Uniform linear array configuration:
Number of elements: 12
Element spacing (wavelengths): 0.5
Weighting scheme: blackman
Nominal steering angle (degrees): -60
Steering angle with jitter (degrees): -58.64
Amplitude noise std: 0.05
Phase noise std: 0.05

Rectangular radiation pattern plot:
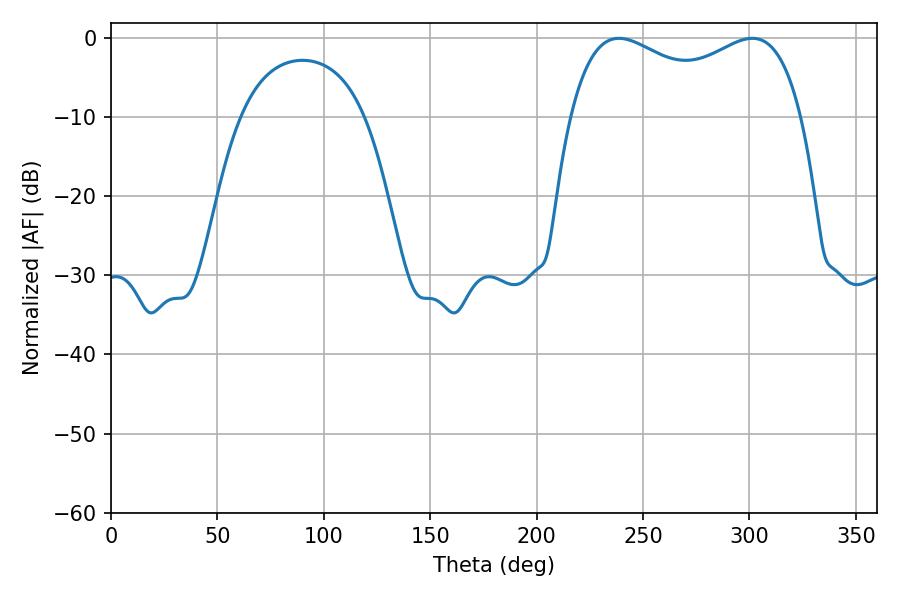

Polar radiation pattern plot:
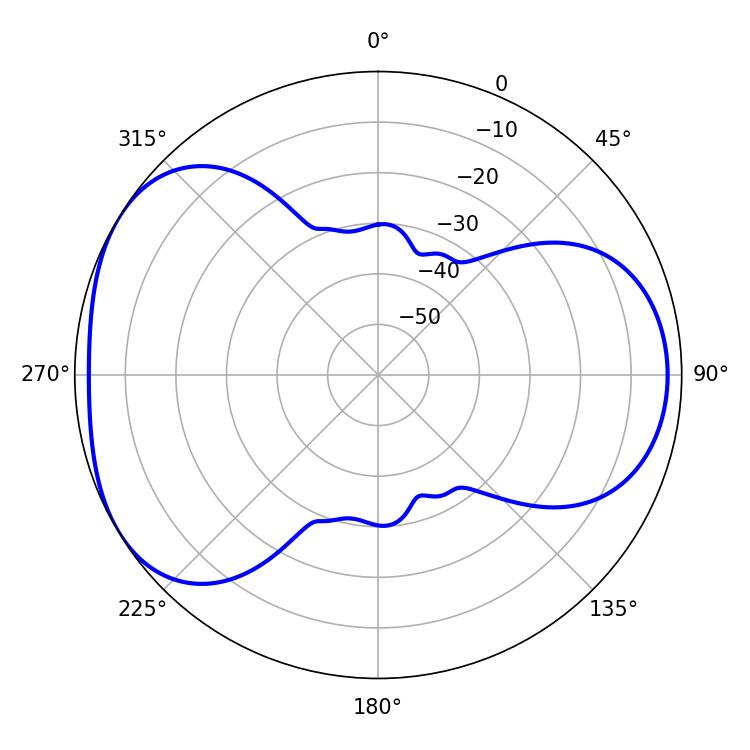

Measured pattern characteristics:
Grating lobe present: FALSE
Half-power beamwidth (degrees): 90.36
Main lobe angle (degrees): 238.68